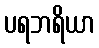
ပရဘရိယာ